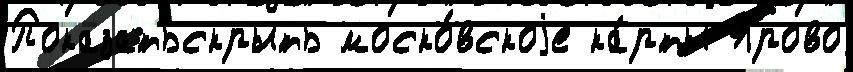
Показатьскрыть моско́вскоjе ка́рты Ярово